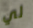
لي